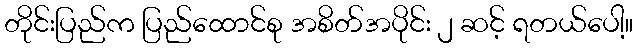
တိုင်းပြည်က ပြည်ထောင်စု အစိတ်အပိုင်း ၂ ဆင့် ရတယ်ပေါ့။